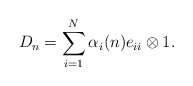
\begin{align*}D_n=\sum_{i=1}^N\alpha_i(n)e_{ii}\otimes1.\end{align*}